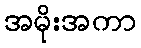
အမိုးအကာ